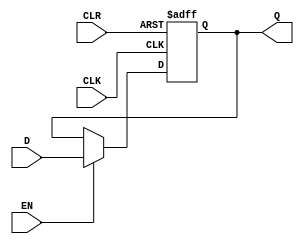
// This program was cloned from: https://github.com/maxluppe/tt07_maxluppe_nist0102
// License: Apache License 2.0

// Copyright (C) 2018  Intel Corporation. All rights reserved.
// Your use of Intel Corporation's design tools, logic functions 
// and other software and tools, and its AMPP partner logic 
// functions, and any output files from any of the foregoing 
// (including device programming or simulation files), and any 
// associated documentation or information are expressly subject 
// to the terms and conditions of the Intel Program License 
// Subscription Agreement, the Intel Quartus Prime License Agreement,
// the Intel FPGA IP License Agreement, or other applicable license
// agreement, including, without limitation, that your use is for
// the sole purpose of programming logic devices manufactured by
// Intel and sold by Intel or its authorized distributors.  Please
// refer to the applicable agreement for further details.

// PROGRAM		"Quartus Prime"
// VERSION		"Version 18.0.0 Build 614 04/24/2018 SJ Lite Edition"
// CREATED		"Wed Mar 29 15:11:48 2023"

module Register_8(
	EN,
	CLK,
	CLR,
	D,
	Q
);

input wire	EN;
input wire	CLK;
input wire	CLR;
input wire	[7:0] D;
output wire	[7:0] Q;

reg	[7:0] DFF_REG8_d;
wire	CLRn;

assign	Q = DFF_REG8_d;

assign	CLRn =  ~CLR;

always@(posedge CLK or negedge CLRn)
begin
if (!CLRn)
	begin
	DFF_REG8_d <= 8'b0;
	end
else
	begin
	if (EN)
		begin
		DFF_REG8_d <= D;
		end
	end
end

endmodule